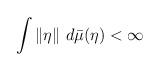
LaTeX: \begin{align*}\int \|\eta \| \ d\bar{\mu}(\eta) <\infty \end{align*}